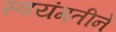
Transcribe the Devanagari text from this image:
स्वयंगतीने